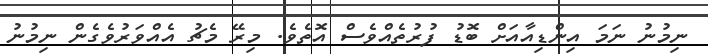
ނިިމުނު ނަމަ އިންޑިއާއަށް ބޮޑު ފުރުތެއްވެސް އޮތެވެ. މިރޭ މެޗު އެއްވަރުވެގެން ނިމުނު